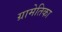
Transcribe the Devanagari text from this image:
ग्रामेतिका